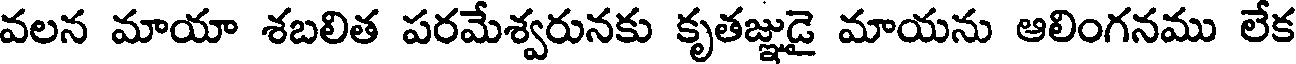
వలన మాయా శబలిత పరమేశ్వరునకు కృతజ్ఞుడై మాయను ఆలింగనము లేక